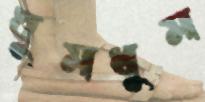
ঘুমধুম